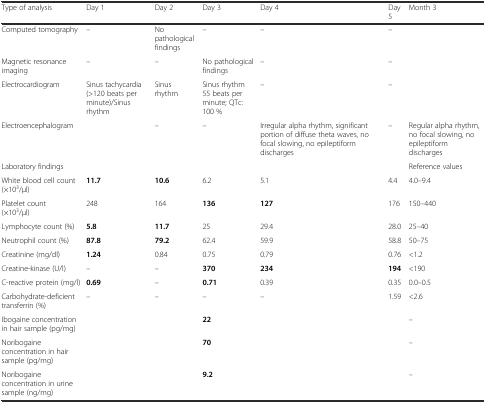
| Type of analysis | Day 1 | Day 2 | Day 3 | Day 4 | Day 5 | Month 3 |
 | --- | --- | --- | --- | --- | --- | --- |
 | Computed tomography | – | No pathological findings | – | – | – |  |
 | Magnetic resonance imaging | – | – | No pathological findings | – | – |  |
 | Electrocardiogram | Sinus tachycardia (>120 beats per minute)/Sinus rhythm | Sinus rhythm | Sinus rhythm 55 beats per minute; QTc: 100 % | – | – |  |
 | Electroencephalogram |  | – | – | Irregular alpha rhythm, significant portion of diffuse theta waves, no focal slowing, no epileptiform discharges | – | Regular alpha rhythm, no focal slowing, no epileptiform discharges |
 | <COLSPAN=6> Laboratory findings | Reference values |
 | White blood cell count (×103/μl) | 11.7 | 10.6 | 6.2 | 5.1 | 4.4 | 4.0–9.4 |
 | Platelet count (×103/μl) | 248 | 164 | 136 | 127 | 176 | 150–440 |
 | Lymphocyte count (%) | 5.8 | 11.7 | 25 | 29.4 | 28.0 | 25–40 |
 | Neutrophil count (%) | 87.8 | 79.2 | 62.4 | 59.9 | 58.8 | 50–75 |
 | Creatinine (mg/dl) | 1.24 | 0.84 | 0.75 | 0.79 | 0.76 | <1.2 |
 | Creatine-kinase (U/l) | – | – | 370 | 234 | 194 | <190 |
 | C-reactive protein (mg/l) | 0.69 | – | 0.71 | 0.39 | 0.35 | 0.0–0.5 |
 | Carbohydrate-deficient transferrin (%) | – | – | – | – | 1.59 | <2.6 |
 | Ibogaine concentration in hair sample (pg/mg) |  |  | 22 |  |  | – |
 | Noribogaine concentration in hair sample (pg/mg) |  |  | 70 |  |  | – |
 | Noribogaine concentration in urine sample (ng/mg) |  |  | 9.2 |  |  | – |